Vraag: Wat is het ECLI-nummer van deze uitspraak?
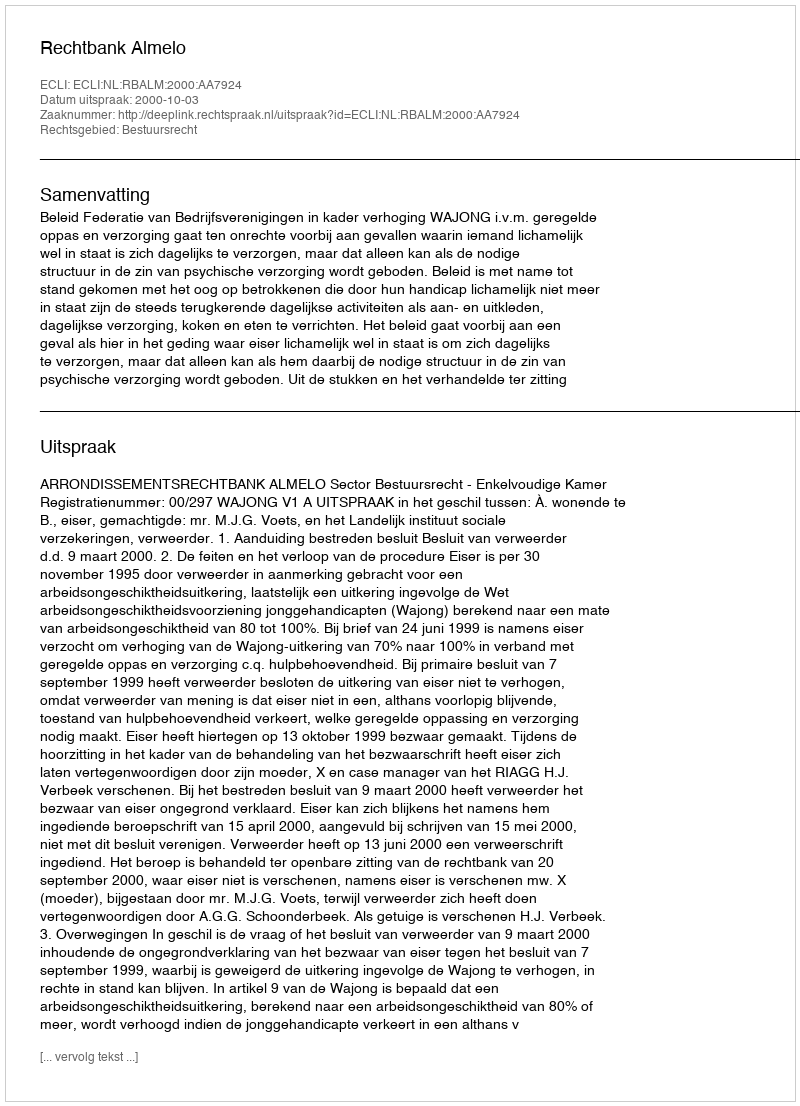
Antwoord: ECLI:NL:RBALM:2000:AA7924